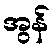
အွန်